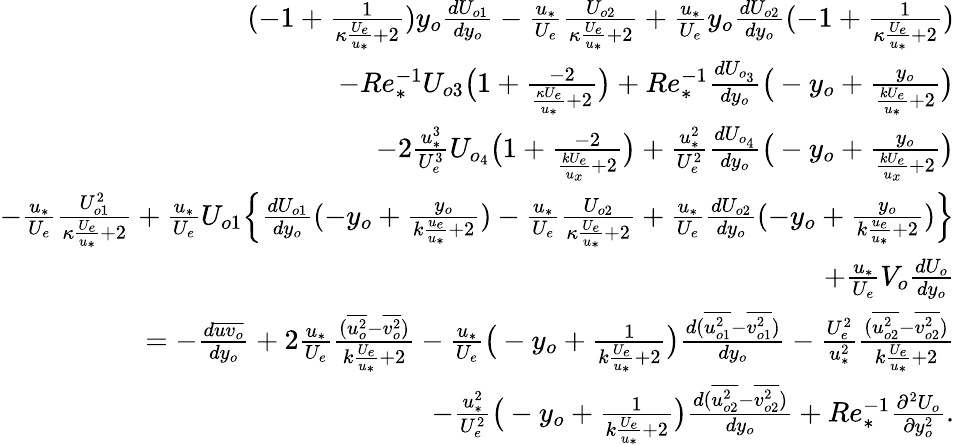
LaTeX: \begin{array}{r}{(-1+\frac{1}{\kappa\frac{U_{e}}{u_{*}}+2})y_{o}\frac{dU_{o1}}{dy_{o}}-\frac{u_{*}}{U_{e}}\frac{U_{o2}}{\kappa\frac{U_{e}}{u_{*}}+2}+\frac{u_{*}}{U_{e}}y_{o}\frac{dU_{o2}}{dy_{o}}(-1+\frac{1}{\kappa\frac{U_{e}}{u_{*}}+2})}\\ {-Re_{*}^{-1}U_{o3}\big(1+\frac{-2}{\frac{\kappa U_{e}}{u_{*}}+2}\big)+Re_{*}^{-1}\frac{dU_{o_{3}}}{dy_{o}}\big(-y_{o}+\frac{y_{o}}{\frac{kU_{e}}{u_{*}}+2}\big)}\\ {-2\frac{u_{*}^{3}}{U_{e}^{3}}U_{o_{4}}\big(1+\frac{-2}{\frac{kU_{e}}{u_{x}}+2}\big)+\frac{u_{*}^{2}}{U_{e}^{2}}\frac{dU_{o_{4}}}{dy_{o}}\big(-y_{o}+\frac{y_{o}}{\frac{kU_{e}}{u_{x}}+2}\big)}\\ {-\frac{u_{*}}{U_{e}}\frac{U_{o1}^{2}}{\kappa\frac{U_{e}}{u_{*}}+2}+\frac{u_{*}}{U_{e}}U_{o1}\Big\{ \frac{dU_{o1}}{dy_{o}}(-y_{o}+\frac{y_{o}}{k\frac{u_{e}}{u_{*}}+2})-\frac{u_{*}}{U_{e}}\frac{U_{o2}}{\kappa\frac{U_{e}}{u_{*}}+2}+\frac{u_{*}}{U_{e}}\frac{dU_{o2}}{dy_{o}}(-y_{o}+\frac{y_{o}}{k\frac{u_{e}}{u_{*}}+2})\Big\} }\\ {+\frac{u_{*}}{U_{e}}V_{o}\frac{dU_{o}}{dy_{o}}}\\ {=-\frac{d\overline{{uv_{o}}}}{dy_{o}}+2\frac{u_{*}}{U_{e}}\frac{(\overline{{u_{o}^{2}}}-\overline{{v_{o}^{2}}})}{k\frac{U_{e}}{u_{*}}+2}-\frac{u_{*}}{U_{e}}\big(-y_{o}+\frac{1}{k\frac{U_{e}}{u_{*}}+2}\big)\frac{d(\overline{{u_{o1}^{2}}}-\overline{{v_{o1}^{2}}})}{dy_{o}}-\frac{U_{e}^{2}}{u_{*}^{2}}\frac{(\overline{{u_{o2}^{2}}}-\overline{{v_{o2}^{2}}})}{k\frac{U_{e}}{u_{*}}+2}}\\ {-\frac{u_{*}^{2}}{U_{e}^{2}}\big(-y_{o}+\frac{1}{k\frac{U_{e}}{u_{*}}+2}\big)\frac{d(\overline{{u_{o2}^{2}}}-\overline{{v_{o2}^{2}}})}{dy_{o}}+Re_{*}^{-1}\frac{\partial^{2}U_{o}}{\partial y_{o}^{2}}.}\end{array}